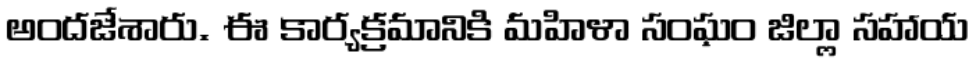
అందజేశారు. ఈ కార్యక్రమానికి మహిళా సంఘం జిల్లా సహాయ